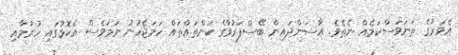
އެވަރުގެ ތަނަވަސްކަމެއް ނެތެވެ. އާސަންދައިން ބޭސްފަރުވާގެ ކަންތައްތައް ހަމަޖެހުނު ނަމަވެސް އެކޮޅުގައި ހުރުމާއި